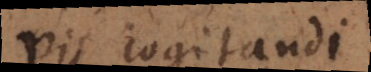
Vis cogitandi